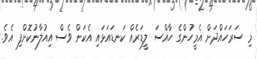
މި ސަރަހައްދަށް އެމީހުންގެ ހާއްސަ ލީޑަރެއް ކަނޑައަޅައި އެކަން ވެސް އިއުލާނުކޮށްފި އެވެ.